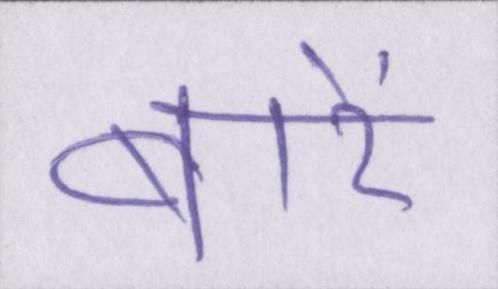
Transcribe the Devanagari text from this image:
बारें